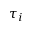
\tau _ { i }